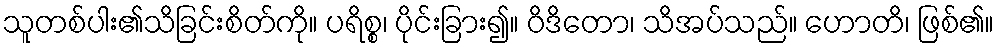
သူတစ်ပါး၏သိခြင်းစိတ်ကို။ ပရိစ္စ၊ ပိုင်းခြား၍။ ဝိဒိတော၊ သိအပ်သည်။ ဟောတိ၊ ဖြစ်၏။